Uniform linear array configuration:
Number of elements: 8
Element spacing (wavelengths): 0.25
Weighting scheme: kaiser
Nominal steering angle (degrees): -15
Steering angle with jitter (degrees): -15.242
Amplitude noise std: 0.05
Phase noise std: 0.05

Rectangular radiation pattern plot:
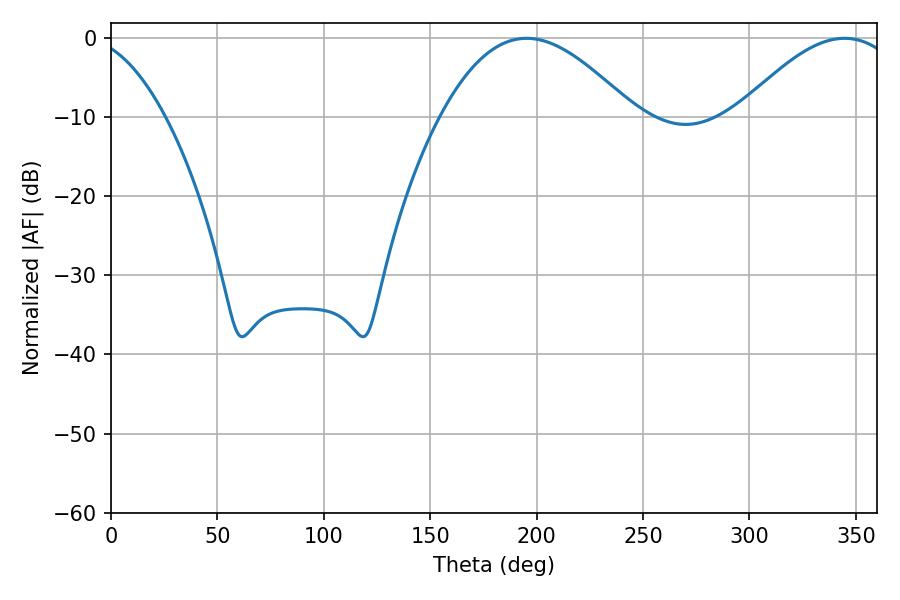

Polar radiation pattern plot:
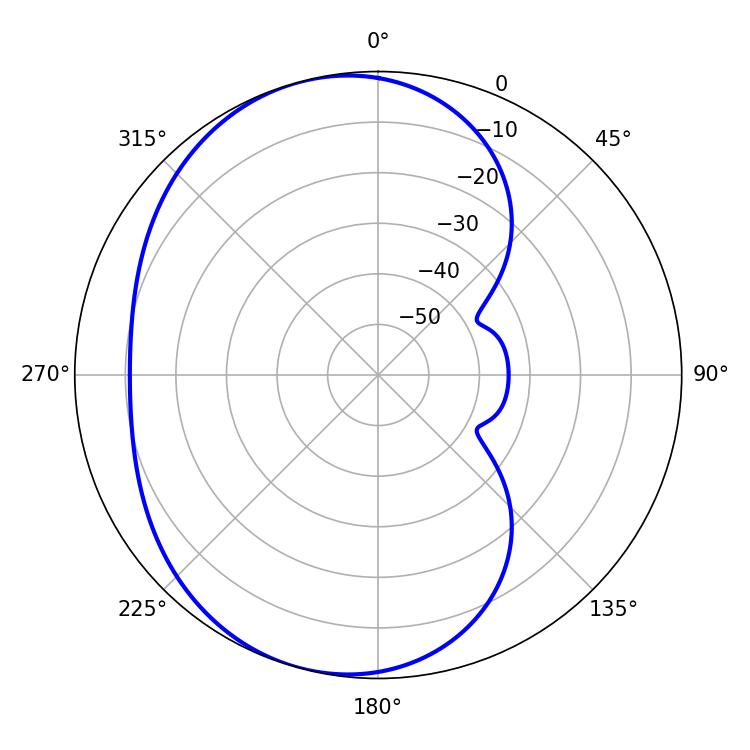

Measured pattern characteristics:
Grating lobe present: FALSE
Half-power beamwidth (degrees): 49.32
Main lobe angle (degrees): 195.3